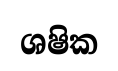
ශෂික